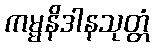
ကမ္မနိဒါနသုတ္တံ